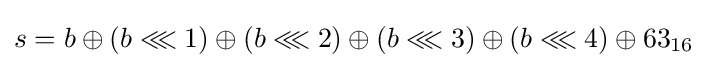
s=b\oplus (b\lll 1)\oplus (b\lll 2)\oplus (b\lll 3)\oplus (b\lll 4)\oplus 63_{16}